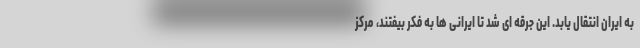
به ایران انتقال یابد. این جرقه ای شد تا ایرانی ها به فکر بیفتند، مرکز